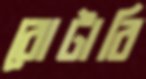
রোটারি